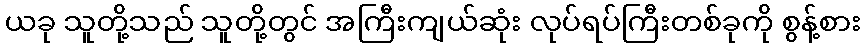
ယခု သူတို့သည် သူတို့တွင် အကြီးကျယ်ဆုံး လုပ်ရပ်ကြီးတစ်ခုကို စွန့်စား